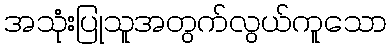
အသုံးပြုသူအတွက်လွယ်ကူသော